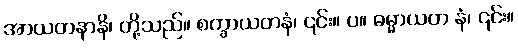
အာယတနာနိ၊ တို့သည်။ စက္ခာယတနံ၊ ၎င်း။ ပ။ ဓမ္မာယတ နံ၊ ၎င်း။